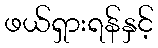
ဖယ်ရှားရန်နှင့်